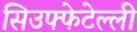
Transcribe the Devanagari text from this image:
सिउफ्फेटेल्ली